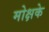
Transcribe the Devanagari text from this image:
मोक्षके